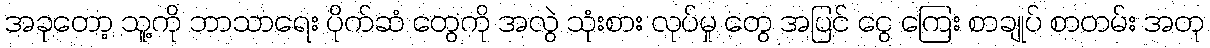
အခုတော့ သူ့ကို ဘာသာရေး ပိုက်ဆံ တွေကို အလွဲ သုံးစား လုပ်မှု တွေ အပြင် ငွေ ကြေး စာချုပ် စာတမ်း အတု